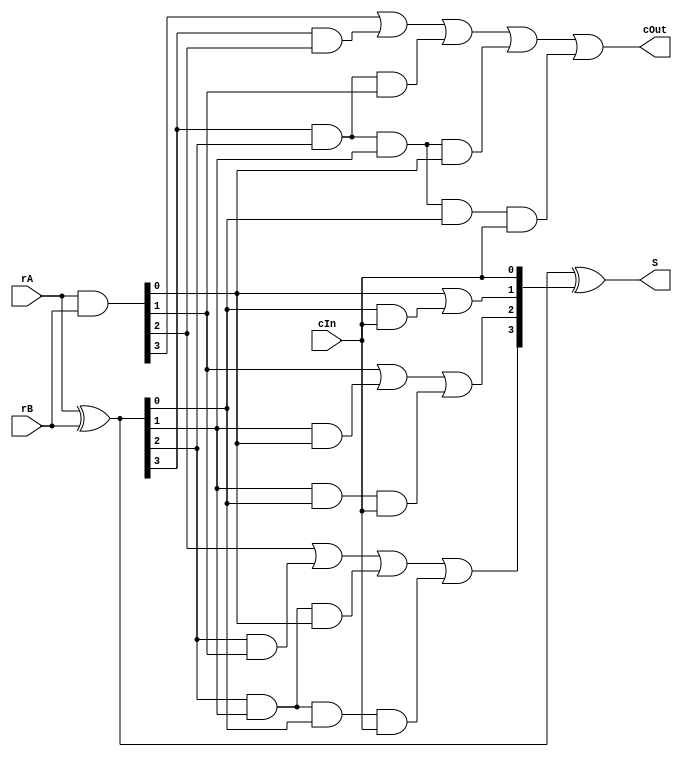
// Zuhair Shaikh and Brant Lan Li
// ADD Operation (ADD)
// ELEC374 - Digital Systems Engineering
// Department of Electrical and Computer Engineering
// Queen's University
`timescale 1ns/10ps

module add_4(
	input wire [3:0] rA, rB,
	input wire cIn,
	output wire [3:0] S,
	output wire cOut
	);
	
	wire [3:0] G;
	wire [3:0] P; 
	wire [3:0] C;
	
	assign G = rA & rB;
	assign P = rA ^ rB;
	assign C[0] = cIn;
	assign C[1]= G[0] | (P[0]&C[0]);
	assign C[2]= G[1] | (P[1]&G[0]) | P[1]&P[0]&C[0];
	assign C[3]= G[2] | (P[2]&G[1]) | P[2]&P[1]&G[0] | P[2]&P[1]&P[0]&C[0];
	assign cOut = G[3] | (P[3]&G[2]) | P[3]&P[2]&G[1] | P[3]&P[2]&P[1]&G[0] | P[3]&P[2]&P[1]&P[0]&C[0];
	assign S[3:0] = P ^ C;
endmodule

module add_16(
	input wire [15:0] rA, rB,
	input wire cIn,
	output wire [15:0] S,
	output wire cOut
	);
	
	wire cOutA;
	wire cOutB;
	wire cOutC;

	add_4 adderA(rA[3:0], rB[3:0], cIn, S[3:0], cOutA);
	add_4 adderB(rA[7:4], rB[7:4], cOutA, S[7:4], cOutB);				
	add_4 adderC(rA[11:8], rB[11:8], cOutB, S[11:8], cOutC);
	add_4 adderD(rA[15:12], rB[15:12], cOutC, S[15:12], cOut);
endmodule

module add_32(
	input wire [31:0] rA, rB,
	input wire cIn,
	output wire [31:0] S,
	output wire cOut
	);
	
	wire cOutTemp;

	add_16 adderA(rA[15:0], rB[15:0], cIn, S[15:0], cOutTemp);
	add_16 adderB(rA[31:16], rB[31:16], cOutTemp, S[31:16], cOut);
	
endmodule